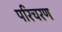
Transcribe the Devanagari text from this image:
परिचरण